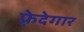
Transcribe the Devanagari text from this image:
फ़्रेदेगार